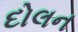
દોલન